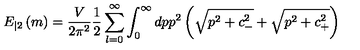
E _ { | 2 } \left( m \right) = \frac V { 2 \pi ^ { 2 } } \frac 1 2 \sum _ { l = 0 } ^ { \infty } \int _ { 0 } ^ { \infty } d p p ^ { 2 } \left( \sqrt { p ^ { 2 } + c _ { - } ^ { 2 } } + \sqrt { p ^ { 2 } + c _ { + } ^ { 2 } } \right)